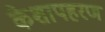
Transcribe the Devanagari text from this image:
केशापहरण